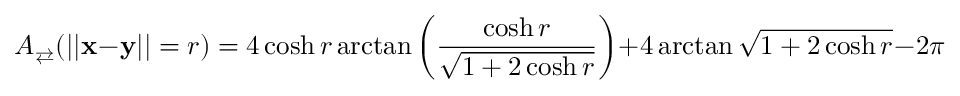
A _ { \rightleftarrows } ( | | \mathbf x - \mathbf y | | = r ) = 4 \cosh r \arctan \left( \frac { \cosh r } { \sqrt { 1 + 2 \cosh r } } \right) + 4 \arctan \sqrt { 1 + 2 \cosh r } - 2 \pi